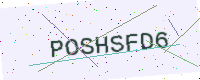
Text: POSHSFD6